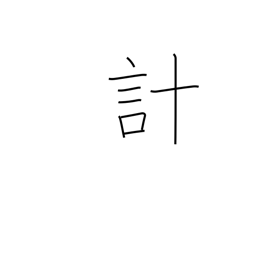
Meaning: scheme